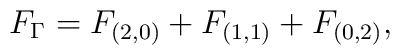
F_{\Gamma} = F_{(2,0)} + F_{(1,1)} + F_{(0,2)},